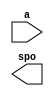
module SLUT(
  a,
  spo
);

input [7 : 0] a;
output [7 : 0] spo;

// synthesis translate_off

  DIST_MEM_GEN_V7_2 #(
    .C_ADDR_WIDTH(8),
    .C_DEFAULT_DATA("0"),
    .C_DEPTH(256),
    .C_FAMILY("spartan3"),
    .C_HAS_CLK(0),
    .C_HAS_D(0),
    .C_HAS_DPO(0),
    .C_HAS_DPRA(0),
    .C_HAS_I_CE(0),
    .C_HAS_QDPO(0),
    .C_HAS_QDPO_CE(0),
    .C_HAS_QDPO_CLK(0),
    .C_HAS_QDPO_RST(0),
    .C_HAS_QDPO_SRST(0),
    .C_HAS_QSPO(0),
    .C_HAS_QSPO_CE(0),
    .C_HAS_QSPO_RST(0),
    .C_HAS_QSPO_SRST(0),
    .C_HAS_SPO(1),
    .C_HAS_SPRA(0),
    .C_HAS_WE(0),
    .C_MEM_INIT_FILE("SLUT.mif"),
    .C_MEM_TYPE(0),
    .C_PARSER_TYPE(1),
    .C_PIPELINE_STAGES(0),
    .C_QCE_JOINED(0),
    .C_QUALIFY_WE(0),
    .C_READ_MIF(1),
    .C_REG_A_D_INPUTS(0),
    .C_REG_DPRA_INPUT(0),
    .C_SYNC_ENABLE(1),
    .C_WIDTH(8)
  )
  inst (
    .A(a),
    .SPO(spo),
    .D(),
    .DPRA(),
    .SPRA(),
    .CLK(),
    .WE(),
    .I_CE(),
    .QSPO_CE(),
    .QDPO_CE(),
    .QDPO_CLK(),
    .QSPO_RST(),
    .QDPO_RST(),
    .QSPO_SRST(),
    .QDPO_SRST(),
    .DPO(),
    .QSPO(),
    .QDPO()
  );

// synthesis translate_on

endmodule